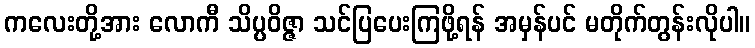
ကလေးတို့အား လောကီ သိပ္ပဝိဇ္ဇာ သင်ပြပေးကြဖို့ရန် အမှန်ပင် မတိုက်တွန်းလိုပါ။